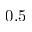
0 . 5